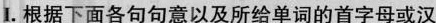
I. 根据下面各句句意以及所给单词的首字母或汉